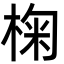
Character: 椈